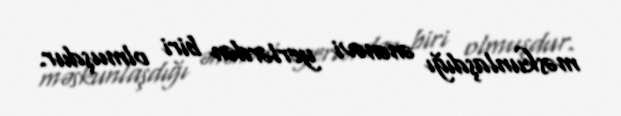
məskunlaşdığı ənənəvi yerlərdən biri olmuşdur.